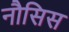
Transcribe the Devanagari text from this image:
नौसिस